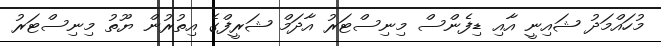
މުހައްމަދު ޝައިނީ އާއި ޑިފެންސް މިނިސްޓަރު އާދަމް ޝަރީފްގެ އިތުރުން ޔޫތު މިނިސްޓަރު